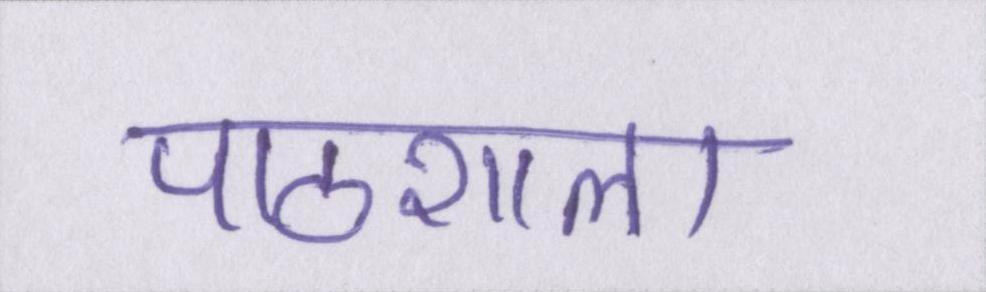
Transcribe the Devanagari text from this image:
पाठशाला